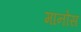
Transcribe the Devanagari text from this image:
मानोस